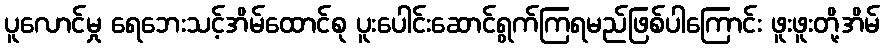
ပူလောင်မှု ရေဘေးသင့်အိမ်ထောင်စု ပူးပေါင်းဆောင်ရွက်ကြရမည်ဖြစ်ပါကြောင်း ဖူးဖူးတို့အိမ်